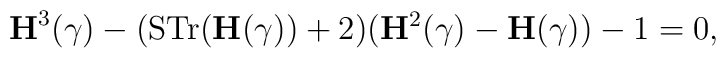
{\bf H}^3(\gamma) -({\rm STr}({\bf H}(\gamma))+2)({\bf H}^2(\gamma)-{\bf H}(\gamma))-1 =0,